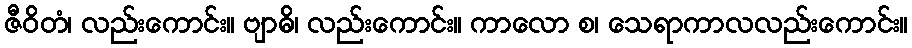
ဇီဝိတံ၊ လည်းကောင်း။ ဗျာဓိ၊ လည်းကောင်း။ ကာလော စ၊ သေရာကာလလည်းကောင်း။